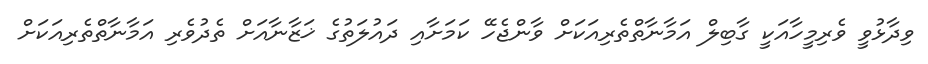
ވިދާޅުވީ ވެރިމީހާއަކީ ގާބިލް އަމާނާތްތެރިއަކަށް ވާންޖެހޭ ކަމަށާއި ދައުލަތުގެ ޚަޒާނާއަށް ތެދުވެރި އަމާނާތްތެރިއަކަށް